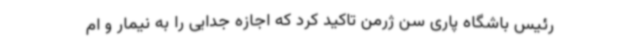
رئیس باشگاه پاری سن ژرمن تاکید کرد که اجازه جدایی را به نیمار و ام